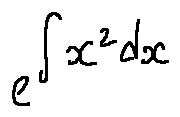
e ^ { \int x ^ { 2 } d x }